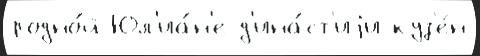
родно́й Юл'иа́н'е д'ина́ст'иjи куз'е́н